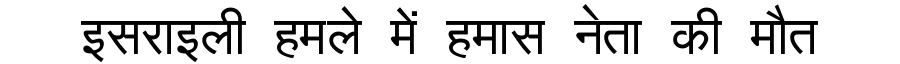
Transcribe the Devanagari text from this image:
इसराइली हमले में हमास नेता की मौत